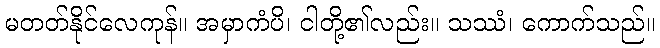
မတတ်နိုင်လေကုန်။ အမှာကံပိ၊ ငါတို့၏လည်း။ သဿံ၊ ကောက်သည်။